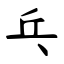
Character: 乓